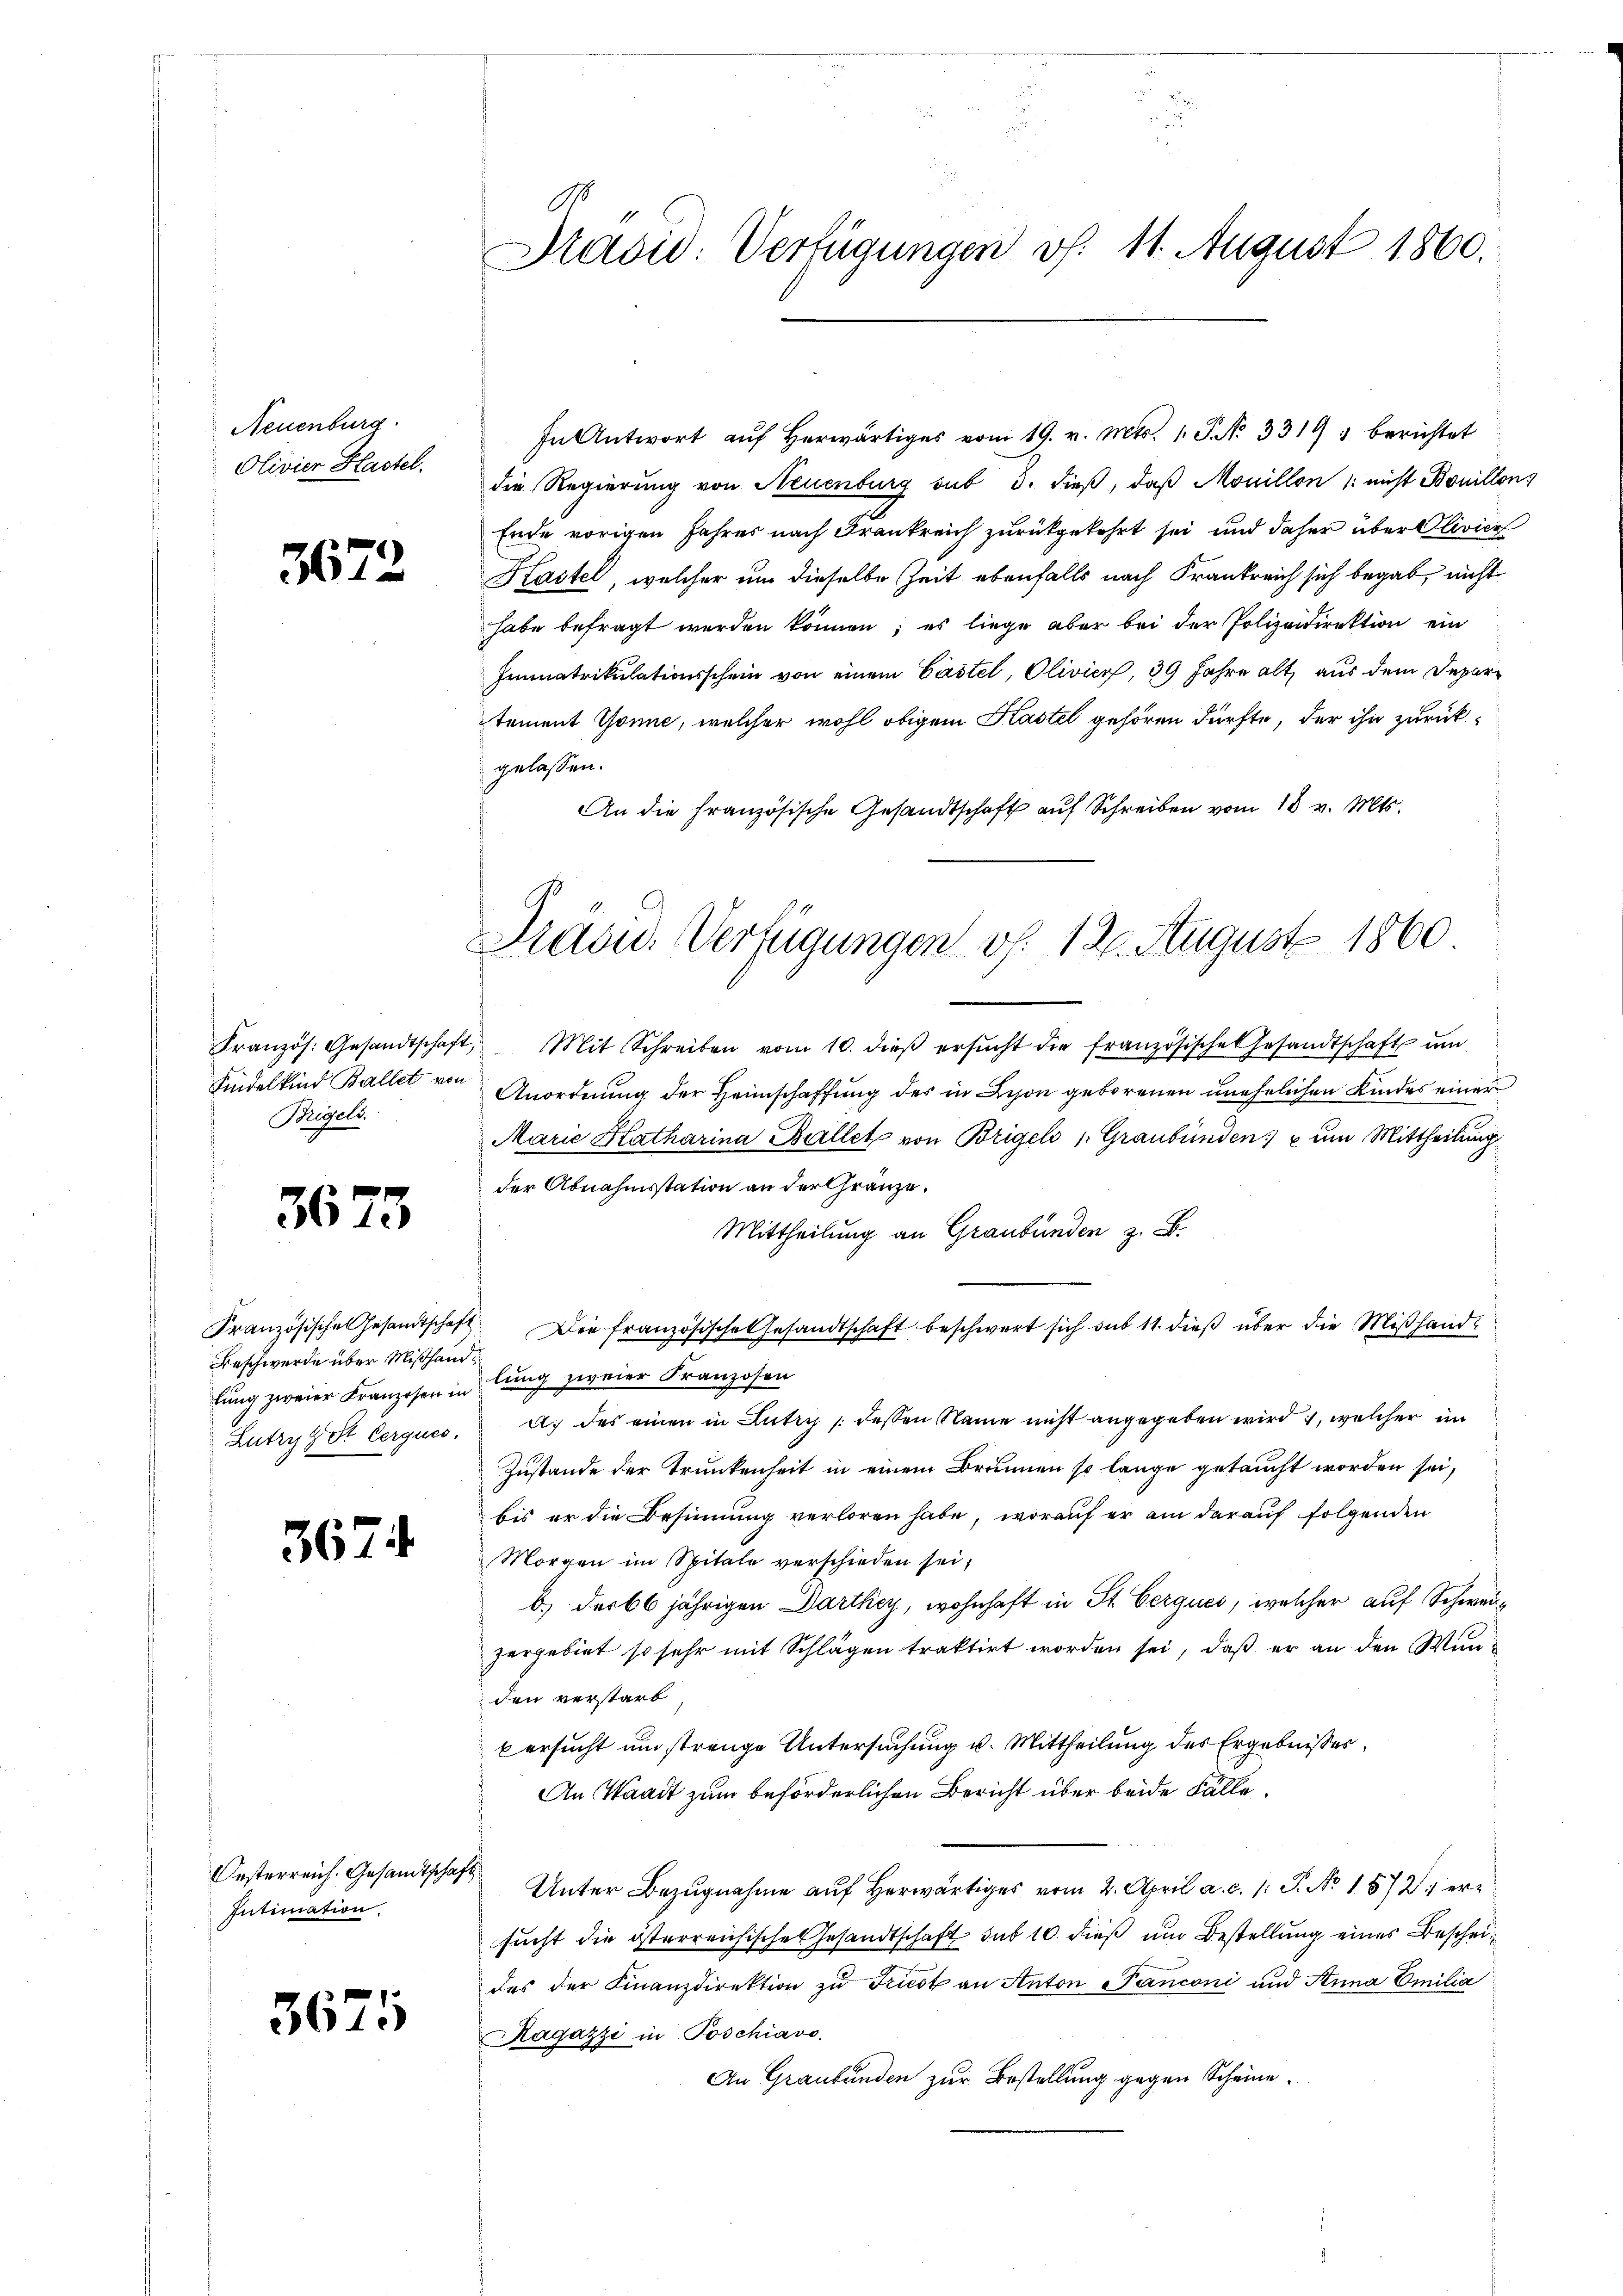
Neuenburg.
Olivier Hastel.

3672

Kranzös. Gesandtschaft,
Kindelkind Ballet von
Brigels.

3673

Französische Gesandtschaft
Beschwerde über Mißhandlung zweier Franzosen in
Lutry, St. Cerques.

367

Oesterreich. Gesandtschaft
Intimation.

3671

Pradid: Verfügungen v. 11. August 1860.

Präsid. Verfügungen v. 12. August 1860

In Antwort aŭf herwärtiges vom 19. v. Mts. 1. P. N. 3319 : berichtet
die Regierung von Neuenburg sub 3. dieß, daß Mouillon /: nicht Bouillon,
Ende vorigen Jahres nach Frankreich zurückgekehrt sei und daher über Olivier
Kastel, welcher um dieselbe Zeit ebenfalls nach Frankreich sich begab, nicht
habe befragt werden können; es liege aber bei der Polizeidirektion ein
Immatrikulationsschein von einem Castel, Olivier, 39 Jahre alt, aus dem Depari
tement Gönne, welcher wohl obigem Kastel gehören dürfte, der ihn zurückgelassen.
An die Französische Gesandtschaft auf Schreiben vom 18 v. Mts.

Mit Schreiben vom 10. dieβ ersŭcht die französische Gesandtschaft um
Anordnung der Heimschaffung des in Schon geborenen unehelichen Kindes einer
Marie Katharina Ballet von Brigel 1. Graubünden u um Mittheilung
der Abnahmsstation an der Gränze.
Mittheilung an Graubünden z. B.
Die französische Gesandtschaft beschwert sich sub 11. dieß über die Mißhandlung zweier Franzosen
ac des einen in Lutz dessen Name nicht angegeben wird, welcher im
Zustande der Trunkenheit in einem Brunnen so lange getaucht worden sei,
bis er die Besinnung verloren habe, worauf er am darauf folgenden
Morgen im Spitale verschieden sei;
b.) der 66 jährigen Darthey, wohnhaft in St. Cerques, welcher auf Schweizergebiet so sehr mit Schlägen traktirt worden sei, daß er an den Wunden verstarb,
versucht um strenge Untersuchung u. Mittheilung des Ergebnisses
An Waadt zum beförderlichen Bericht über beide Fälle
Unter Bezugnahme auf herwärtiges vom 2. April a. c. 1 P. No. 1572) ersucht die österreichische Gesandtschaft sub 10. dieß um Bestellung eines Bescheides der Finanzdirektion zu Friedt an Anton -Panconi und Anna Emilia
Ragazzi in Poschiavo
An Graubünden zur Bestellung gegen Scheine